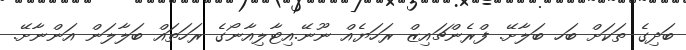
ބަދިގެ ތަކަށް ބަހ ބަލާށޭ. ފްރެންޗައިޒް ރަހަޔެއް ނޫނޭ.އިޓާލިއާނޯގެ ރަހަތައް ބަލާލަން އަންނާށޭ.